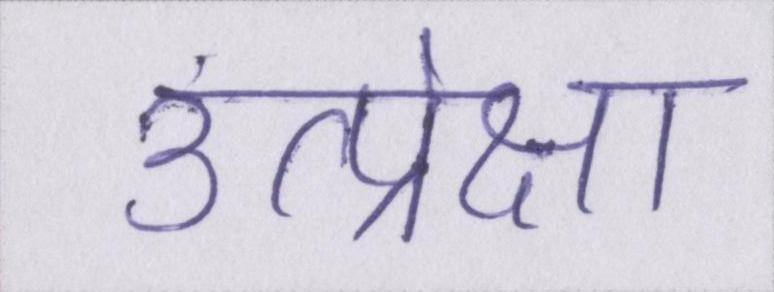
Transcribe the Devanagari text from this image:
उत्प्रेक्षा